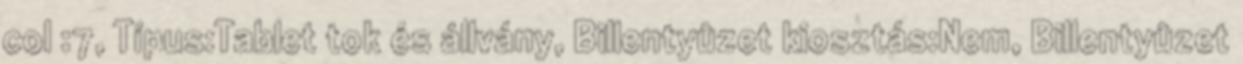
col :7, Típus:Tablet tok és állvány, Billentyûzet kiosztás:Nem, Billentyûzet